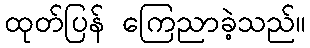
ထုတ်ပြန် ကြေညာခဲ့သည်။